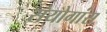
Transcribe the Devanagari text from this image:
संयोगांस